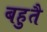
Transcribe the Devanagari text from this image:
बहुतै